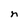
Character: n